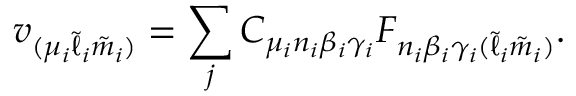
v _ { ( \mu _ { i } \tilde { \ell } _ { i } \tilde { m } _ { i } ) } = \sum _ { j } C _ { \mu _ { i } n _ { i } \beta _ { i } \gamma _ { i } } F _ { n _ { i } \beta _ { i } \gamma _ { i } ( \tilde { \ell } _ { i } \tilde { m } _ { i } ) } .